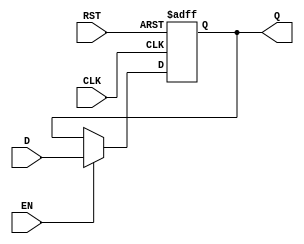
module IntermediateRegister #(
    parameter DATA_WIDTH = 8 // Define the data width (can be adjusted)
)(
    input  wire [DATA_WIDTH-1:0] D,      // Data input
    input  wire CLK,                      // Clock signal
    input  wire EN,                       // Enable signal
    input  wire RST,                      // Asynchronous reset signal
    output reg  [DATA_WIDTH-1:0] Q       // Data output
);

    // Asynchronous Reset Logic
    always @(posedge CLK or posedge RST) begin
        if (RST) begin
            Q <= {DATA_WIDTH{1'b0}};       // Reset output to 0
        end else if (EN) begin
            Q <= D;                        // Capture data on clock edge if enabled
        end
        // If RST is not active and EN is low, Q retains its previous value
    end

endmodule